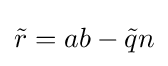
{\tilde {r}}=ab-{\tilde {q}}n